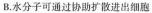
B.水分子可通过协助扩散进出细胞